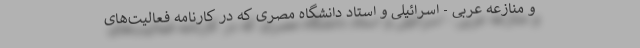
و منازعه عربی - اسرائیلی و استاد دانشگاه مصری که در کارنامه فعالیت‌های